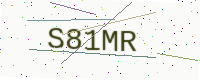
Text: S81MR